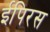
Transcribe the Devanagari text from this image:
ईपिरस